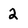
Character: 2